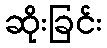
ဆိုးခြင်း